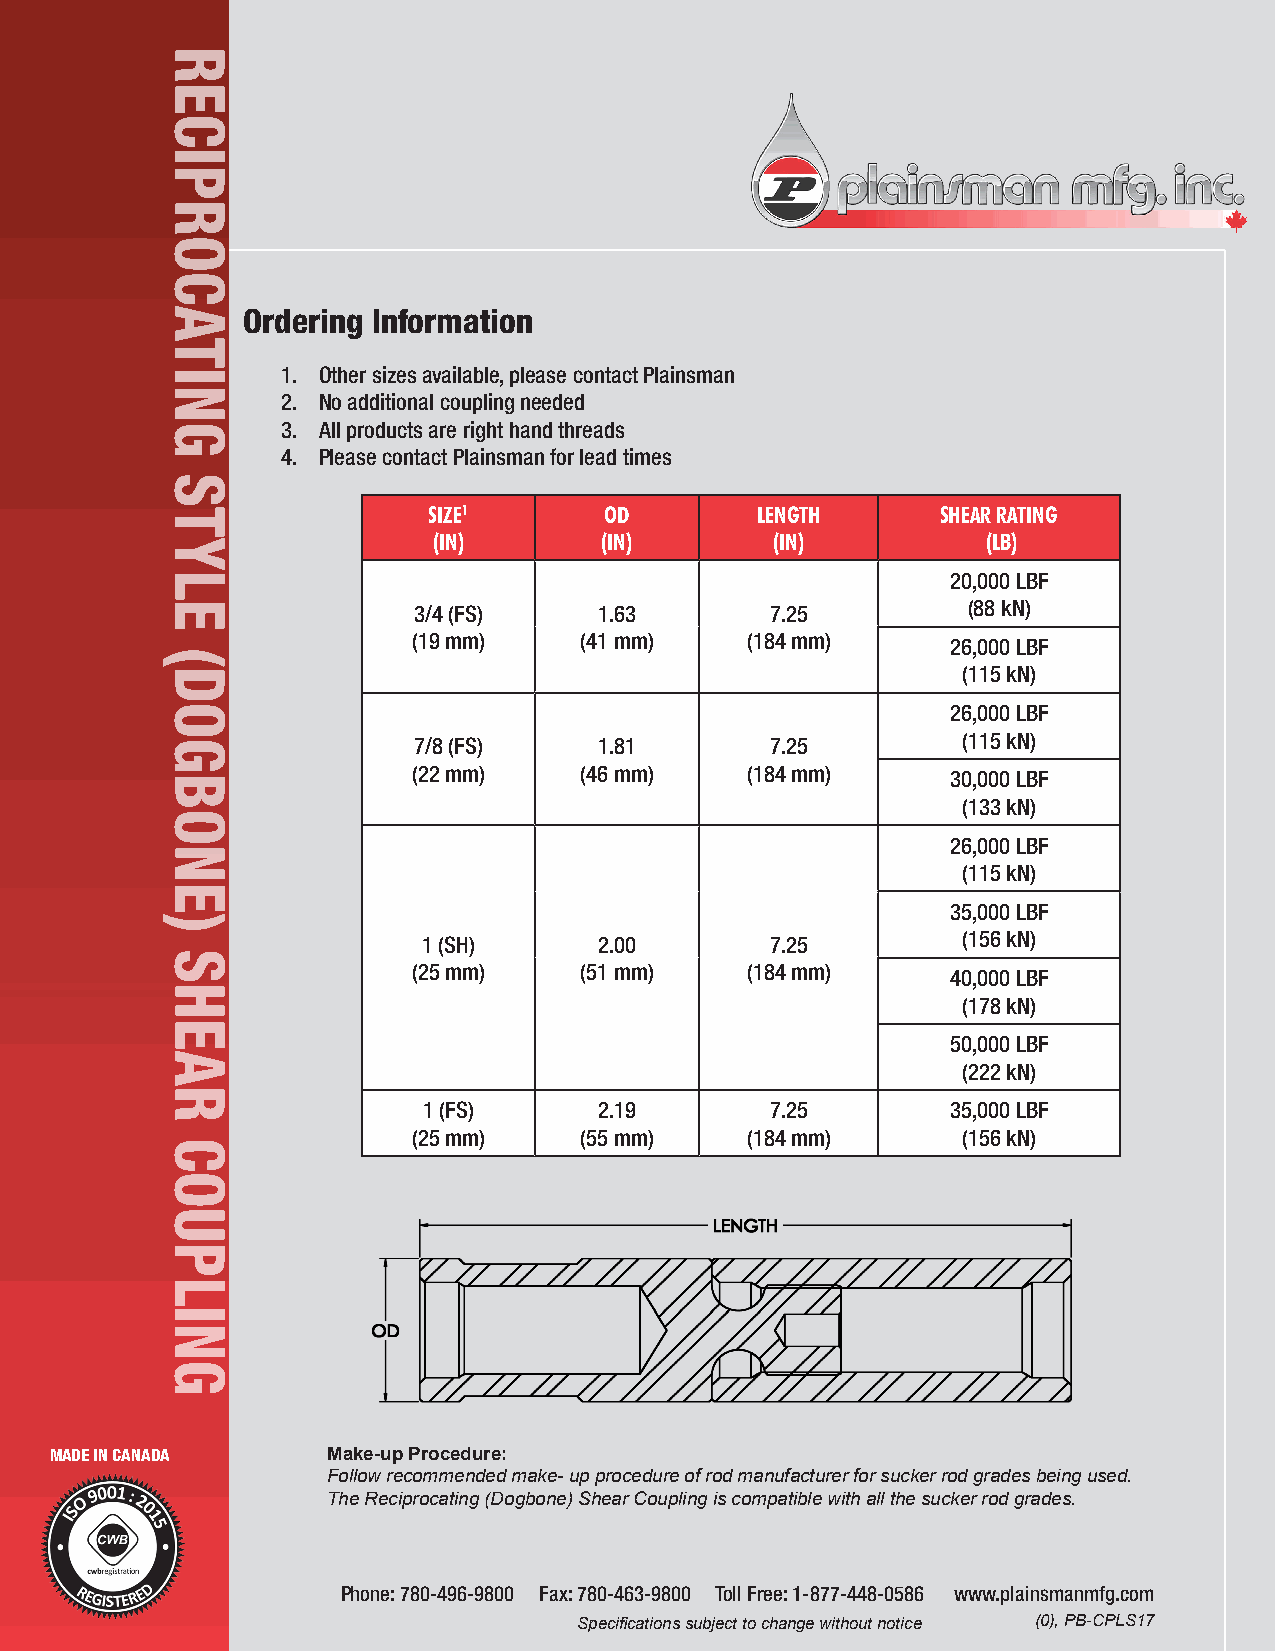
Ordering Information
 1. Other sizes available, please contact Plainsman
 2. No additional coupling needed
 3. All products are right hand threads
 4. Please contact Plainsman for lead times
 SIZE1       OD        LENGTH      SHEAR RATING
 (IN)       (IN)       (IN)          (LB)
 20,000 LBF
 3/4 (FS)     1.63       7.25         (88 kN)
 (19 mm)    (41 mm)    (184 mm)      26,000 LBF
 (115 kN)
 26,000 LBF
 7/8 (FS)     1.81       7.25         (115 kN)
 (22 mm)    (46 mm)    (184 mm)      30,000 LBF
 (133 kN)
 26,000 LBF
 (115 kN)
 35,000 LBF
 1 (SH)      2.00       7.25         (156 kN)
 (25 mm)    (51 mm)    (184 mm)      40,000 LBF
 (178 kN)
 50,000 LBF
 (222 kN)
 1 (FS)      2.19       7.25        35,000 LBF
 (25 mm)    (55 mm)    (184 mm)       (156 kN)
 MADE IN CANADA     Make-up Procedure:
 Follow recommended make- up procedure of rod manufacturer for sucker rod grades being used.
 The Reciprocating (Dogbone) Shear Coupling is compatible with all the sucker rod grades.
 Phone: 780-496-9800 Fax: 780-463-9800 Toll Free: 1-877-448-0586 www.plainsmanmfg.com
 Specifications subject to change without notice (0), PB-CPLS17
 GNILPUOC
 RAEHS
 )ENOBGOD(
 ELYTS
 GNITACORPICER
 RECIPROCATING
 STYLE
 (DOGBONE)
 SHEAR
 COUPLING